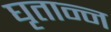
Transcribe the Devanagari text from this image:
घृतान्न